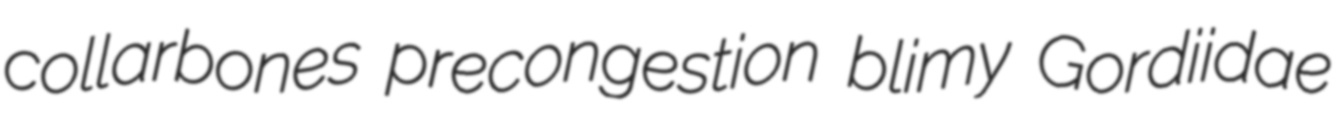
collarbones precongestion blimy Gordiidae